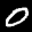
Label: 0